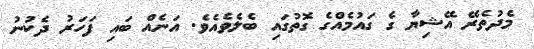
މެދުތެރޭ އޭޝިޔާ ގެ ގައުމެއްގެ ގޮތުގައި ބެލެވެއެވެ. އަނެއް ބައި ފަހަރު ދެކުނު